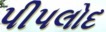
પીપલોદ